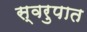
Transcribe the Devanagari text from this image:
स्‍वरुपात